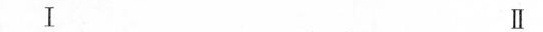
I II